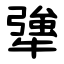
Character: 犟